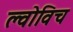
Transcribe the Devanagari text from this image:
ल्वोविच